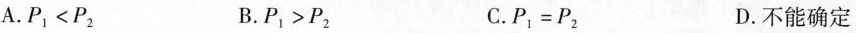
A.$$P_{1}<P_{2}$$ B.$$P_{1}>P_{2}$$ C.$$P_{1}=P_{2}$$ D.不能确定